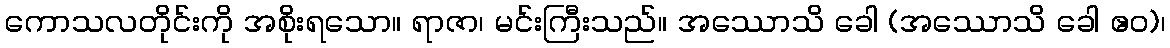
ကောသလတိုင်းကို အစိုးရသော။ ရာဇာ၊ မင်းကြီးသည်။ အဿောသိ ခေါ (အဿောသိ ခေါ ဧဝ)၊